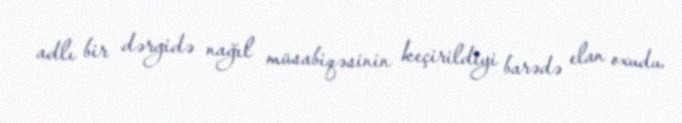
adlı bir dərgidə nağıl müsabiqəsinin keçirildiyi barədə elan oxudu.